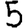
Digit: 5